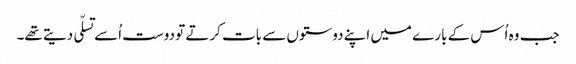
جب وہ اُس کے بارے میں اپنے دوستوں سے بات کرتے تو دوست اُسے تسلّی دیتے تھے۔